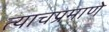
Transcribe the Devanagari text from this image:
त्‍याचप्रमाणे